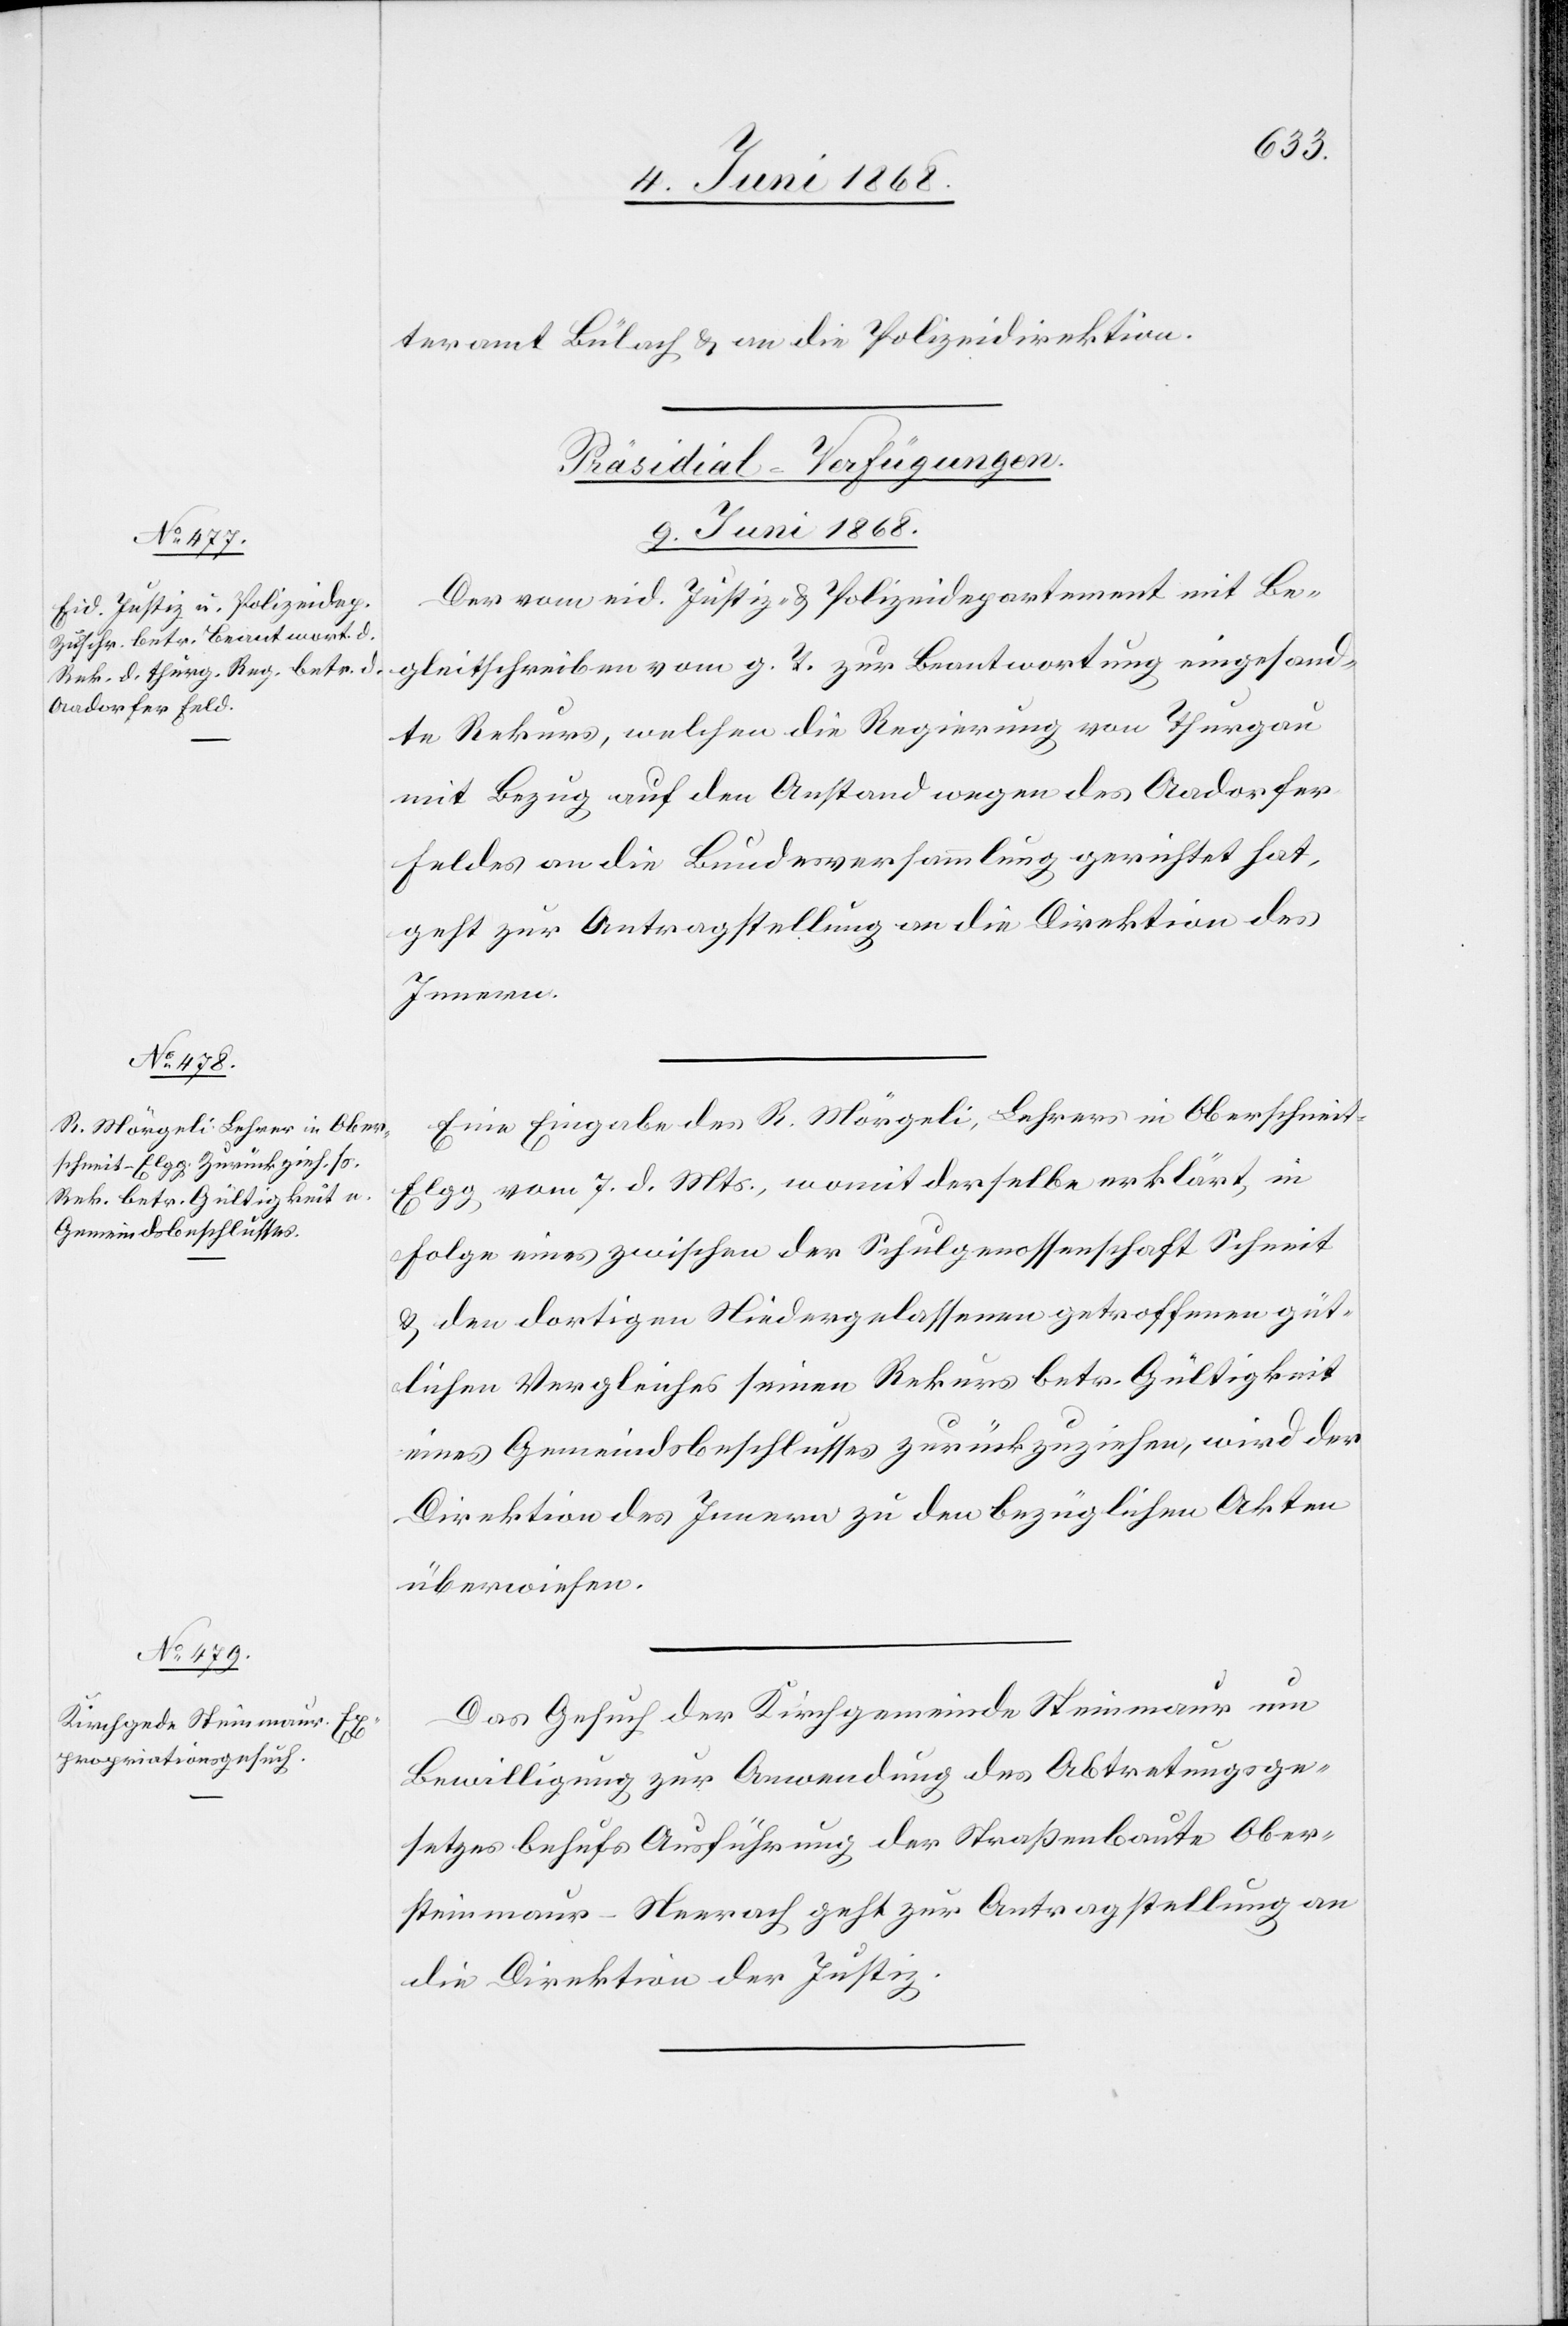
teramt Bülach & an die Polizeidirektion.
[Präsidial-Verfügungen.
9. Juni 1868.]
Der vom eid. Justiz- & Polizeidepartement mit Be¬
gleitschreiben vom g. T. zur Beantwortung eingesand¬
te Rekurs, welchen die Regierung von Thurgau
mit Bezug auf den Anstand wegen des Aadorfer
Feldes an die Bundesversammlung gerichtet hat,
geht zur Antragstellung an die Direktion des
Innern.
Eine Eingabe des R. Mörgeli, Lehrers in Oberschnei¬
t-Elgg vom 7. d. Mts., womit derselbe erklärt, in
Folge eines zwischen der Schulgenossenschaft Schneit
& den dortigen Niedergelassenen getroffenen güt¬
lichen Vergleiches seinen Rekurs betr. Gültigkeit
eines Gemeindsbeschlusses zurückzuziehen, wird der
Direktion des Innern zu den bezüglichen Akten
überwiesen.
Das Gesuch der Kirchgemeinde Steinmaur um
Bewilligung zur Anwendung des Abtretungsge¬
setzes behufs Ausführung der Straßenbaute Ober¬
steinmaur–Neerach geht zur Antragstellung an
die Direktion der Justiz.